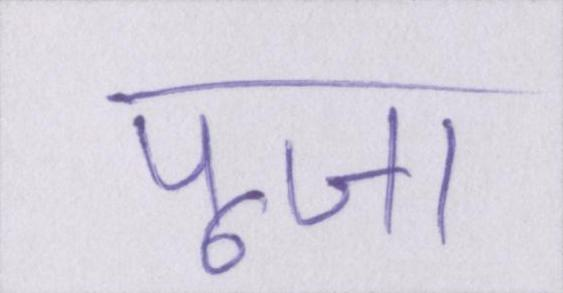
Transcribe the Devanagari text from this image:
पूजा